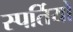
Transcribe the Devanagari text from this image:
स्पर्तियों